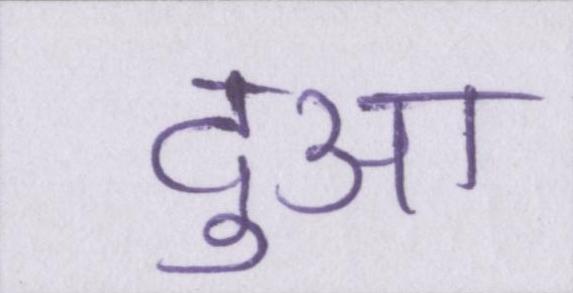
दुआ